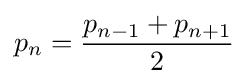
p_{n}={{p_{n-1}+p_{n+1}} \over 2}